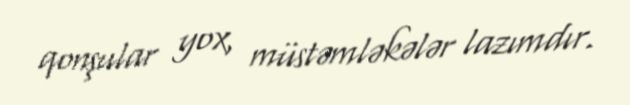
qonşular yox, müstəmləkələr lazımdır.